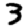
Digit: 3